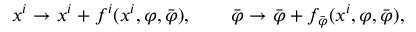
x ^ { i } \to x ^ { i } + f ^ { i } ( x ^ { i } , \varphi , \bar { \varphi } ) , \qquad \bar { \varphi } \to \bar { \varphi } + f _ { \bar { \varphi } } ( x ^ { i } , \varphi , \bar { \varphi } ) ,